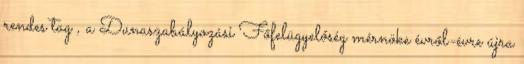
rendes tag , a Dunaszabályozási Főfelügyelőség mérnöke évről-évre újra